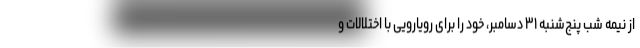
از نیمه شب پنج‌شنبه ۳۱ دسامبر، خود را برای رویارویی با اختلالات و